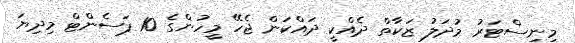
މިނިސްޓަރު މުދަލު ޒަކާތް ދެއްކީ ދައްކަން ޖެހޭ މީހުންގެ 10 ޕަސެންޓް މިދިޔަ